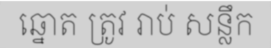
ឆ្នោត ត្រូវ រាប់ សន្លឹក